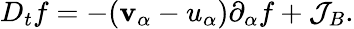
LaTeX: D_{t}f=-({\mathbf{v}}_{\alpha}-{u}_{\alpha})\partial_{\alpha}f+\mathcal{{J}}_{B}.